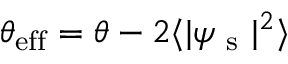
\theta _ { \mathrm { e f f } } = \theta - 2 \langle | \psi _ { \mathrm { ~ s ~ } } | ^ { 2 } \rangle